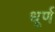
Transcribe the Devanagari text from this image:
धूर्ण